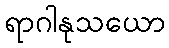
ရာဂါနုသယော